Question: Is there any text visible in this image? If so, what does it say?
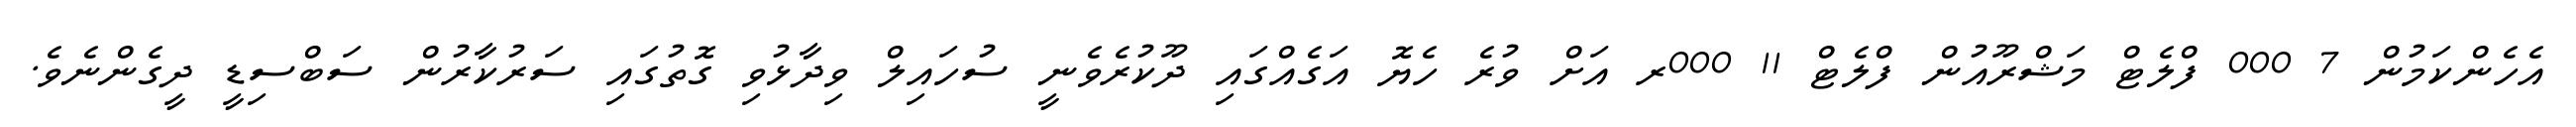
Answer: އެހެންކަމުން 7 000 ފްލެޓް މަޝްރޫއުން ފްލެޓް 11 000ރ އަށް ވުރެ ހެޔޮ އަގެއްގައި ދޫކުރެވެނީ ސުހައިލް ވިދާޅުވި ގޮތުގައި ސަރުކާރުން ސަބްސިޑީ ދީގެންނެވެ.